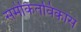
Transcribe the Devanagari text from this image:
समेकितविकास